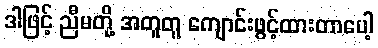
ဒါဖြင့် ညီမတို့ အတူတူ ကျောင်းဖွင့်ထားတာပေါ့